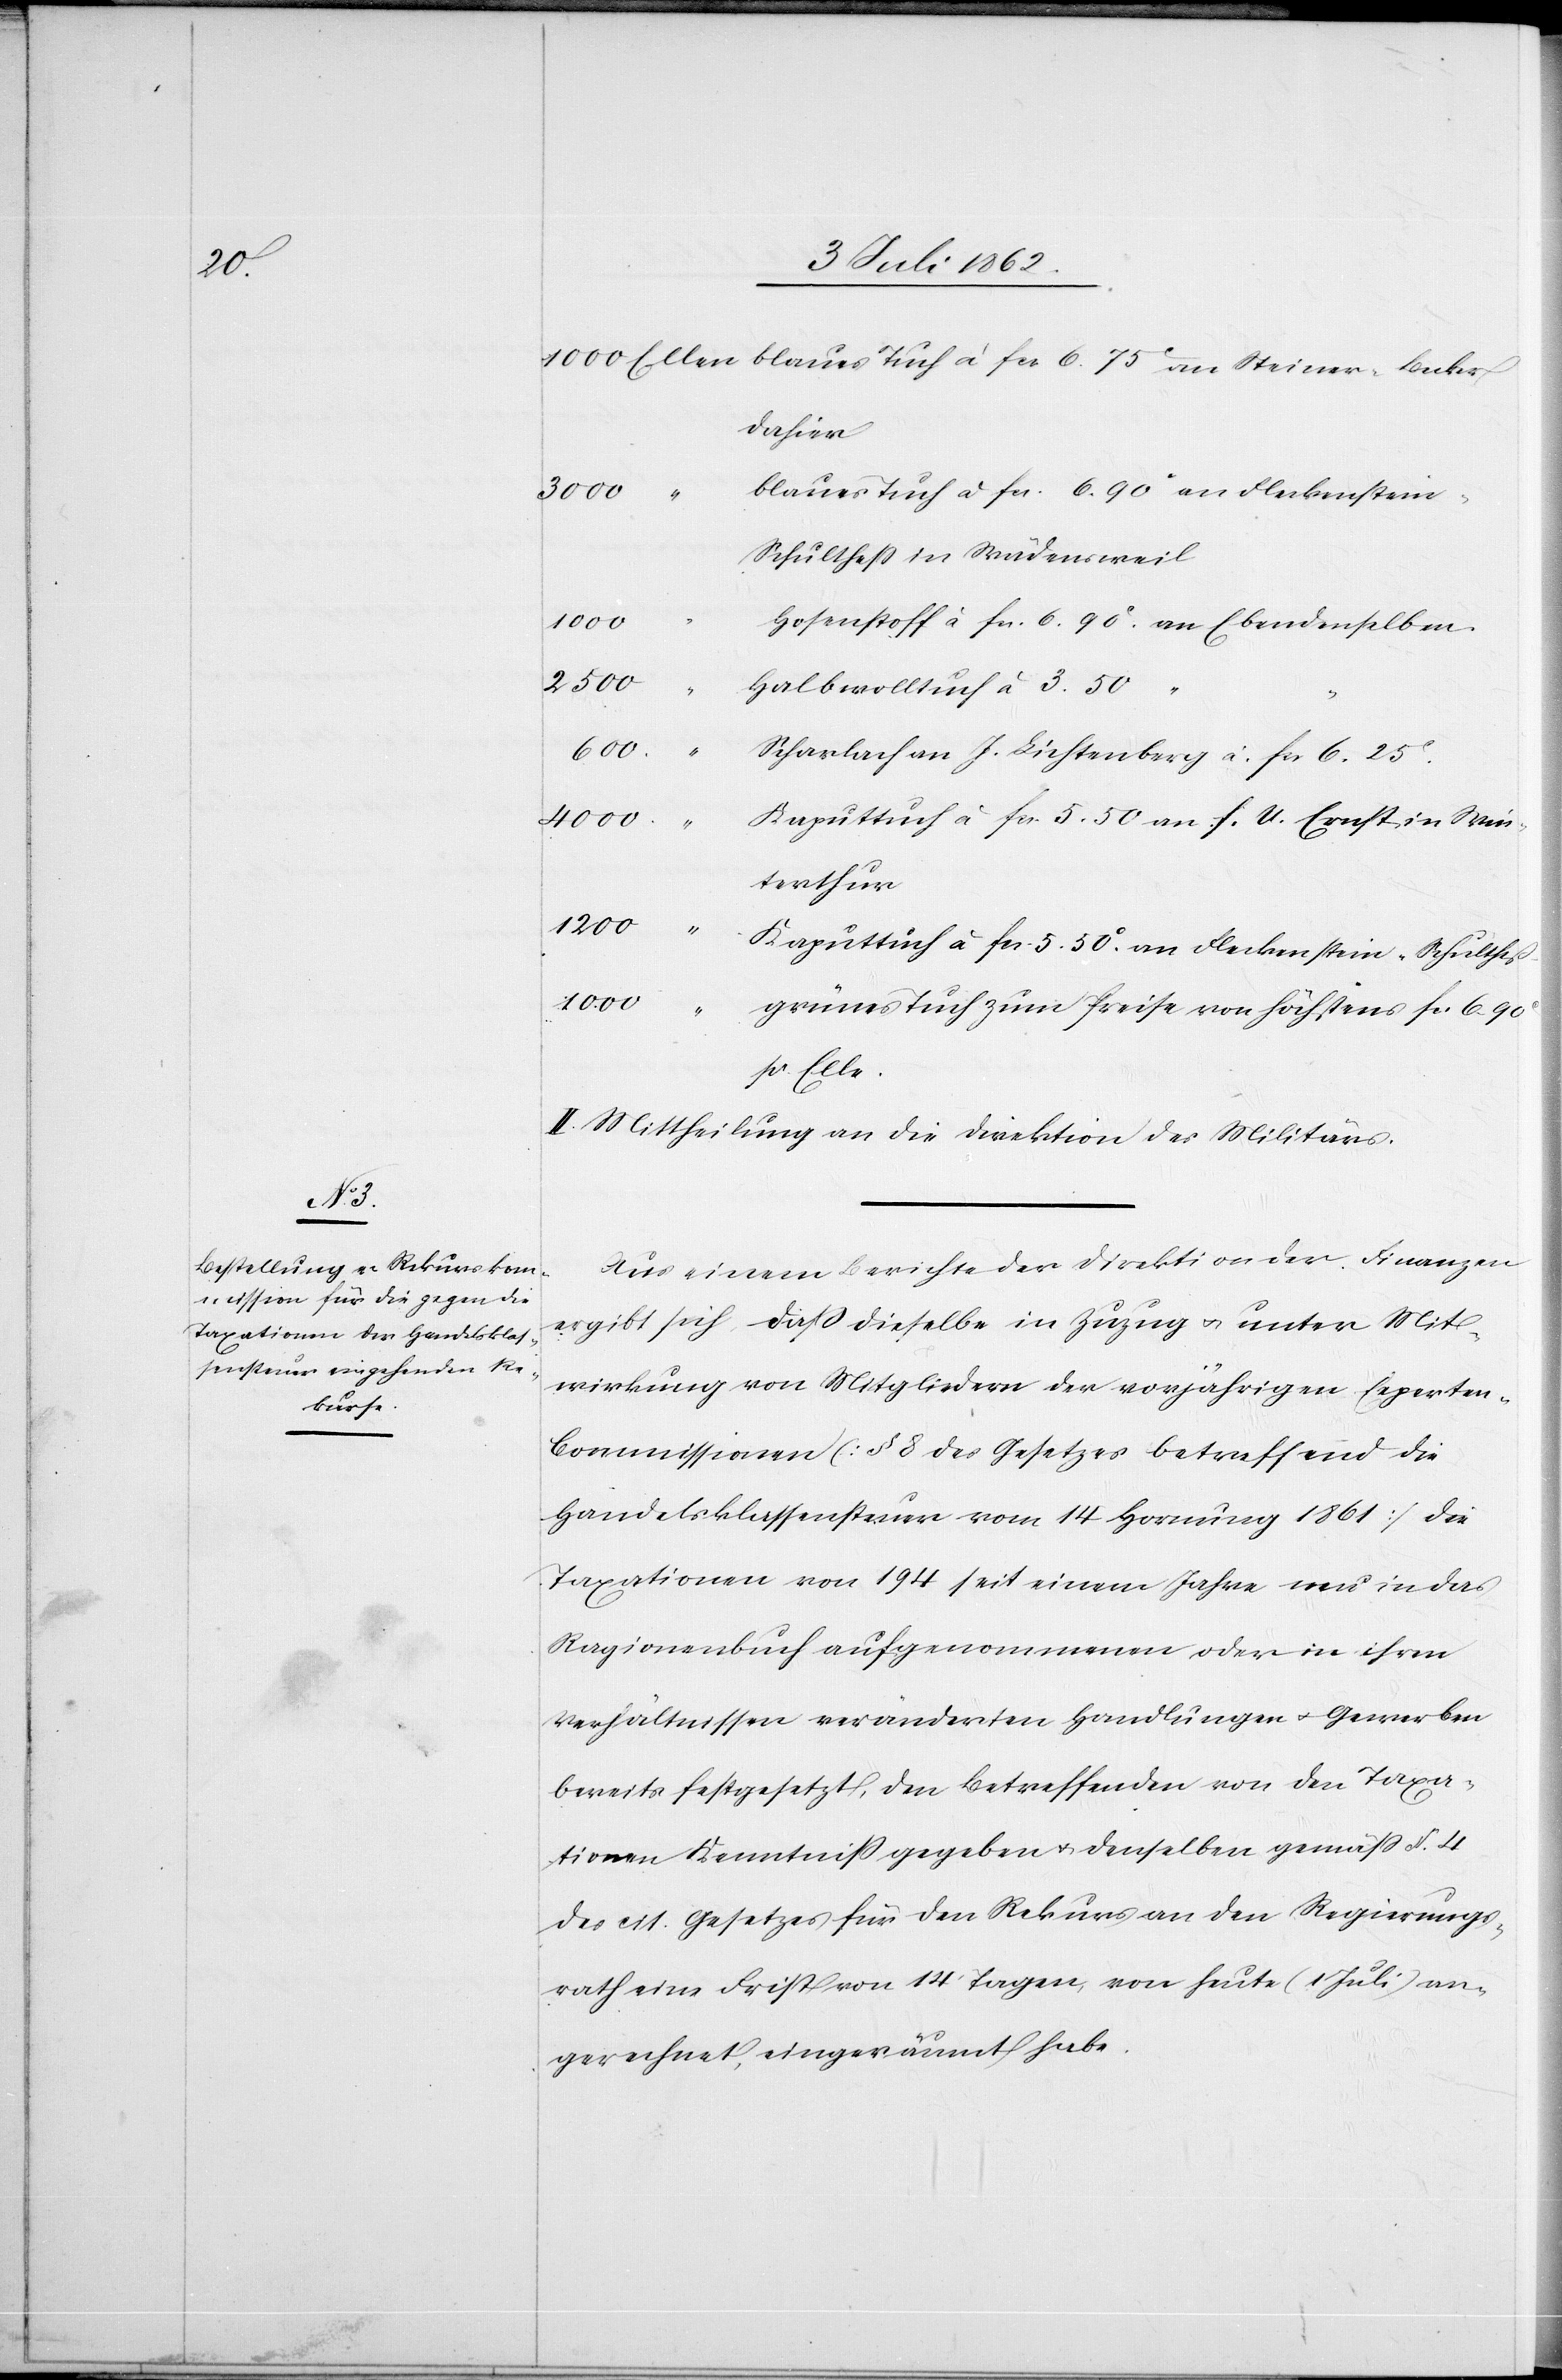
dahier
3000
blaues Tuch à Fr. 6. 90c an Fleckenstein-S¬
chultheß in Wädensweil
1000
Hosenstoff à Fr. 6. 90c an Ebendenselben.
2500
Halbwolltuch à 3. 50
“
ecker
600
Scharlach an J. Lichtenberg à Fr. 6. 25c.
4000
Kaputtuch à Fr. 5. 50 an F. U. Ernst in Win¬
terthur
Kaputtuch à Fr. 5. 50c an Fleckenstein-Schulheß
grünes Tuch zum Preise von höchstens Fr. 6. 90c
p. Elle
II. Mittheilung an die Direktion des Militärs.
Aus einem Berichte der Direktion der Finanzen
ergibt sich daß dieselbe in Zuzug u. unter Mit¬
wirkung von Mitgliedern der vorjährigen Experten-C¬
ommissionen (§ 8 des Gesetzes betreffend die
Handelsklassensteuer vom 14 Hornung 1861) die
Taxationen von 194 seit einem Jahre neu in das
Ragionenbuch aufgenommenen oder in ihren
Verhältnissen veränderten Handlungen u. Gewerben
bereits festgesetzt, den betreffenden von den Taxa¬
tionen Kenntniß gegeben u. denselben gemäß § 4
des cit. Gesetzes für den Rekurs an den Regierungs¬
rath eine Frist von 14 Tagen, von heute (1 Juli) an¬
gerechnet, eingeräumt habe.